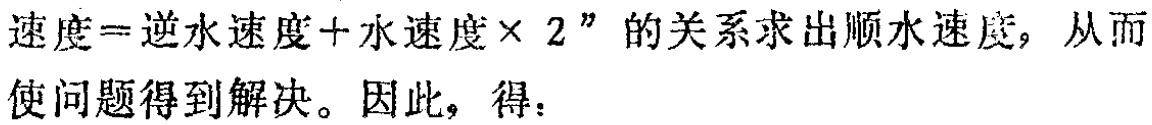
速度=逆水速度+水速度× 2”的关系求出顺水速度，从而使问题得到解决。因此，得：